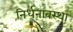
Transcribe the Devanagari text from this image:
निर्धनावस्था